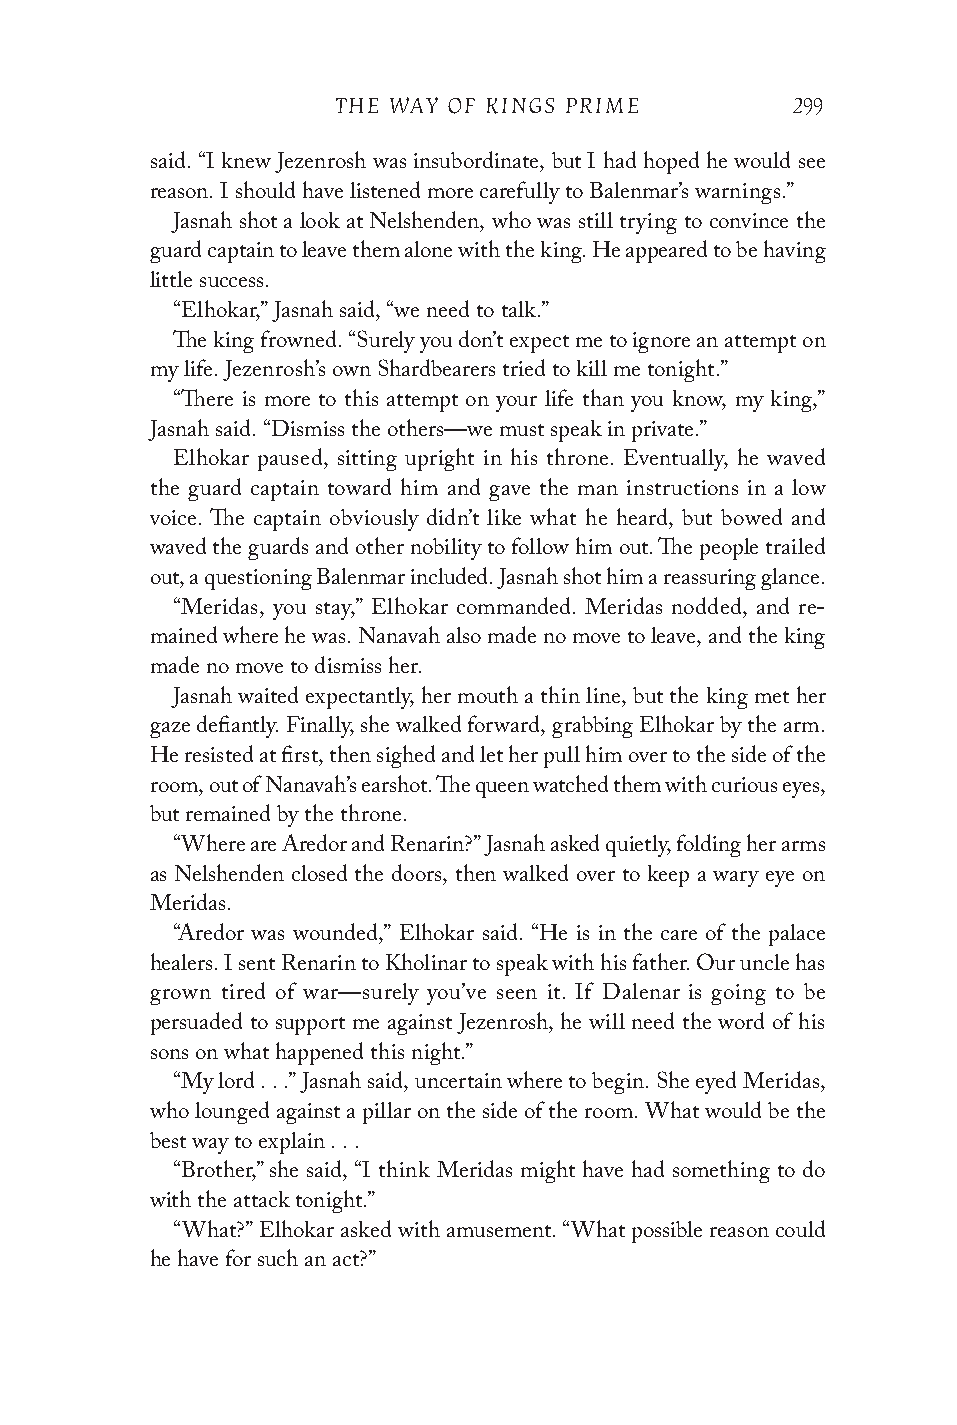
THE WAY OF KINGS PRIME        299
 said. “I knew Jezenrosh was insubordinate, but I had hoped he would see
 reason. I should have listened more carefully to Balenmar’s warnings.”
 Jasnah shot a look at Nelshenden, who was still trying to convince the
 guard captain to leave them alone with the king. He appeared to be having
 little success.
 “Elhokar,” Jasnah said, “we need to talk.”
 The king frowned. “Surely you don’t expect me to ignore an attempt on
 my life. Jezenrosh’s own Shardbearers tried to kill me tonight.”
 “There is more to this attempt on your life than you know, my king,”
 Jasnah said. “Dismiss the others—we must speak in private.”
 Elhokar paused, sitting upright in his throne. Eventually, he waved
 the guard captain toward him and gave the man instructions in a low
 voice. The captain obviously didn’t like what he heard, but bowed and
 waved the guards and other nobility to follow him out. The people trailed
 out, a questioning Balenmar included. Jasnah shot him a reassuring glance.
 “Meridas, you stay,” Elhokar commanded. Meridas nodded, and re-
 mained where he was. Nanavah also made no move to leave, and the king
 made no move to dismiss her.
 Jasnah waited expectantly, her mouth a thin line, but the king met her
 gaze defiantly. Finally, she walked forward, grabbing Elhokar by the arm.
 He resisted at first, then sighed and let her pull him over to the side of the
 room, out of Nanavah’s earshot. The queen watched them with curious eyes,
 but remained by the throne.
 “Where are Aredor and Renarin?” Jasnah asked quietly, folding her arms
 as Nelshenden closed the doors, then walked over to keep a wary eye on
 Meridas.
 “Aredor was wounded,” Elhokar said. “He is in the care of the palace
 healers. I sent Renarin to Kholinar to speak with his father. Our uncle has
 grown tired of war—surely you’ve seen it. If Dalenar is going to be
 persuaded to support me against Jezenrosh, he will need the word of his
 sons on what happened this night.”
 “My lord . . .” Jasnah said, uncertain where to begin. She eyed Meridas,
 who lounged against a pillar on the side of the room. What would be the
 best way to explain . . .
 “Brother,” she said, “I think Meridas might have had something to do
 with the attack tonight.”
 “What?” Elhokar asked with amusement. “What possible reason could
 he have for such an act?”